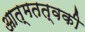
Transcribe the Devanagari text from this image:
आत्मतत्वकी